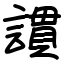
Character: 謴